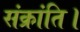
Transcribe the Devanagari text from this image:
संक्रांति।